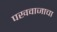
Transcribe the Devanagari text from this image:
पखवाजाचा